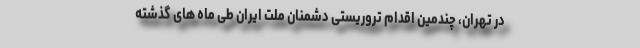
در تهران، چندمین اقدام‌ تروریستی دشمنان ملت ایران طی ماه های گذشته